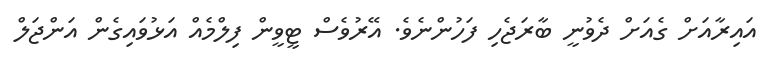
އައިރާއަށް ގެއަށް ދެވުނީ ބާރަޖެހި ފަހުންނެވެ. އޭރުވެސް ޓީވީން ފިލްމެއް އަޅުވައިގެން އަންޖަލް